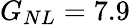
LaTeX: G_{NL}=7.9